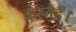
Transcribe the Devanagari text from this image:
करतेहैं।